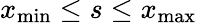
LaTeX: x_{\mathrm{min}}\leq s\leq x_{\mathrm{max}}